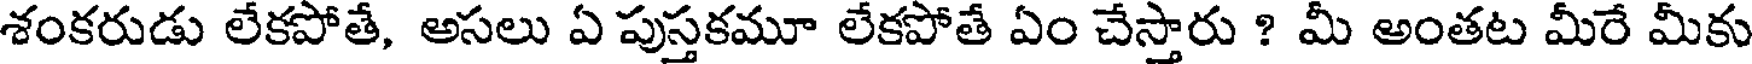
శంకరుడు లేకపోతే, అసలు ఏ పుస్తకమూ లేకపోతే ఏం చేస్తారు ? మీ అంతట మీరే మీకు